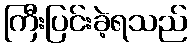
ကြီးပြင်းခဲ့ရသည်